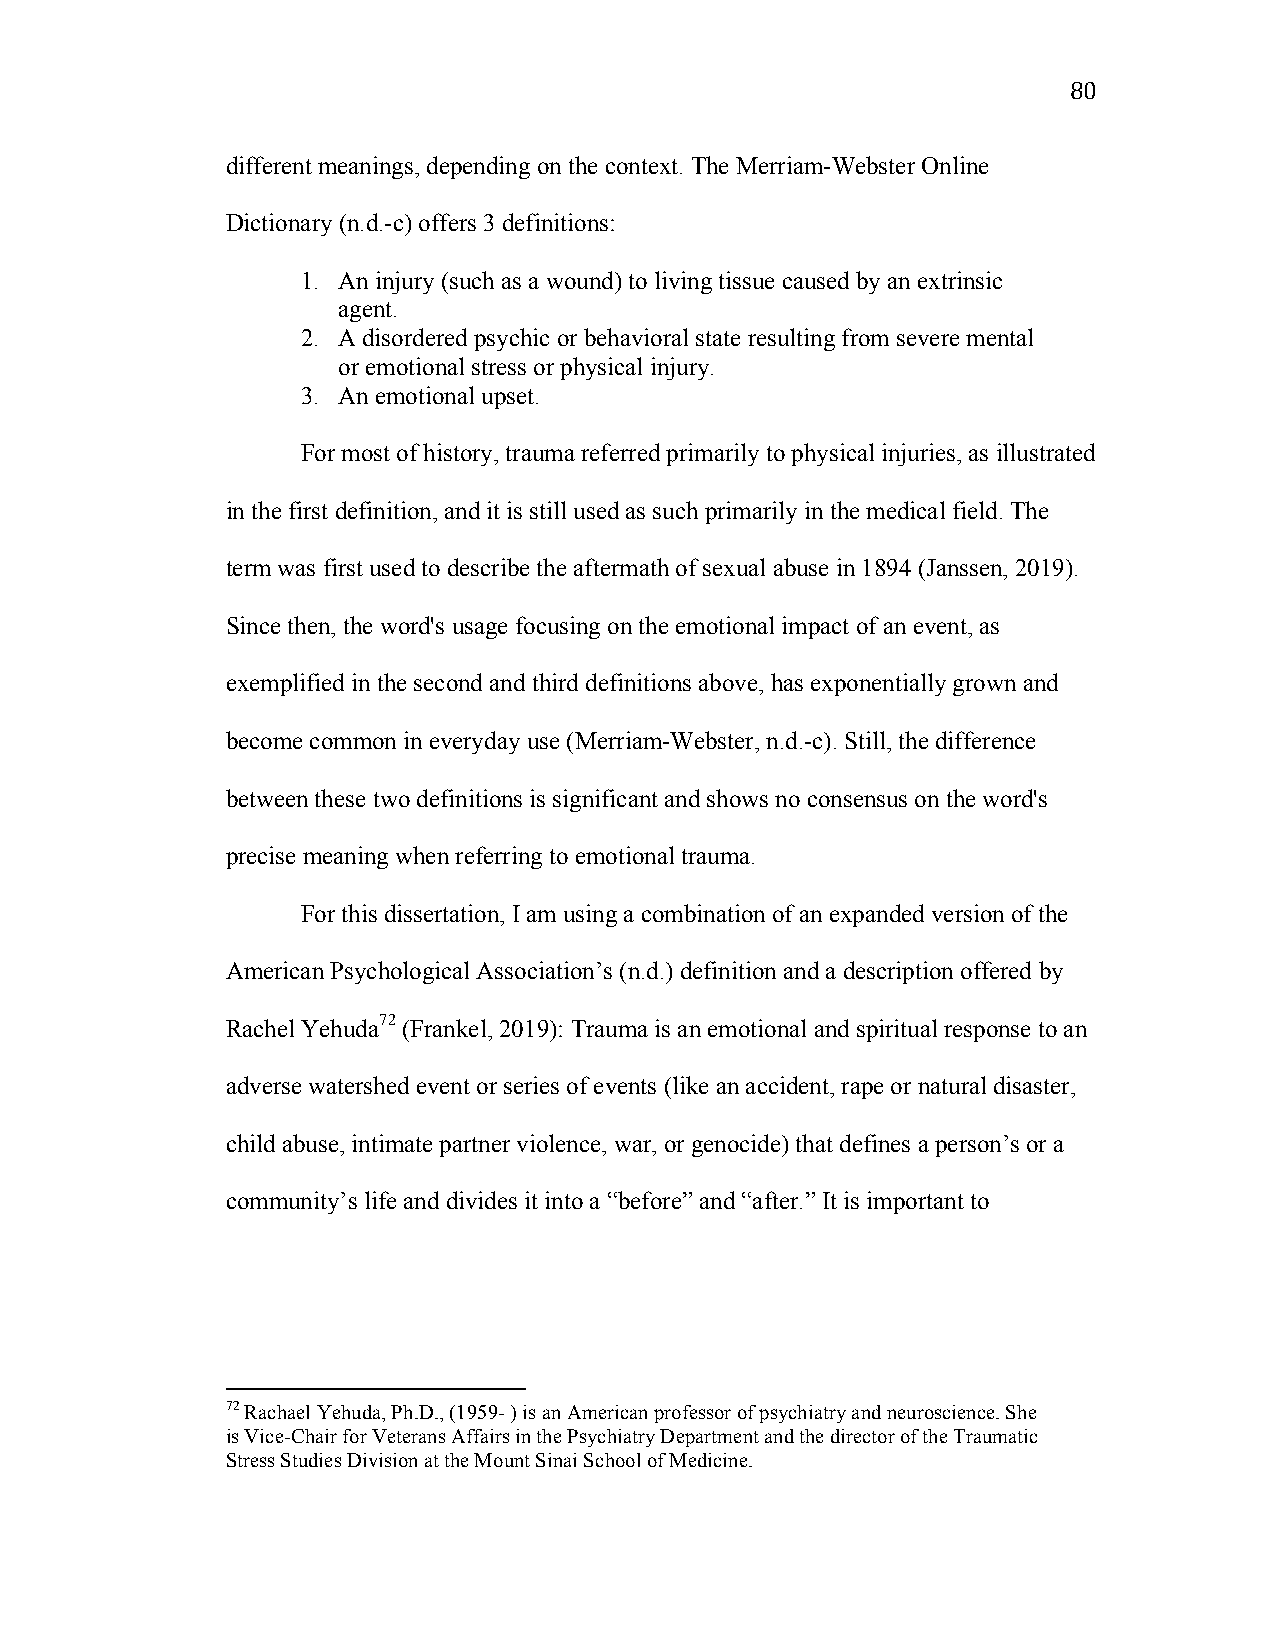
80
 different meanings, depending on the context. The Merriam-Webster Online
 Dictionary (n.d.-c) offers 3 definitions:
 1. An injury (such as a wound) to living tissue caused by an extrinsic
 agent.
 2. A disordered psychic or behavioral state resulting from severe mental
 or emotional stress or physical injury.
 3. An emotional upset.
 For most of history, trauma referred primarily to physical injuries, as illustrated
 in the first definition, and it is still used as such primarily in the medical field. The
 term was first used to describe the aftermath of sexual abuse in 1894 (Janssen, 2019).
 Since then, the word's usage focusing on the emotional impact of an event, as
 exemplified in the second and third definitions above, has exponentially grown and
 become common in everyday use (Merriam-Webster, n.d.-c). Still, the difference
 between these two definitions is significant and shows no consensus on the word's
 precise meaning when referring to emotional trauma.
 For this dissertation, I am using a combination of an expanded version of the
 American Psychological Association’s (n.d.) definition and a description offered by
 Rachel Yehuda72 (Frankel, 2019): Trauma is an emotional and spiritual response to an
 adverse watershed event or series of events (like an accident, rape or natural disaster,
 child abuse, intimate partner violence, war, or genocide) that defines a person’s or a
 community’s life and divides it into a “before” and “after.” It is important to
 72 Rachael Yehuda, Ph.D., (1959- ) is an American professor of psychiatry and neuroscience. She
 is Vice-Chair for Veterans Affairs in the Psychiatry Department and the director of the Traumatic
 Stress Studies Division at the Mount Sinai School of Medicine.